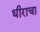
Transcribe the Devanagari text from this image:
धीराचा